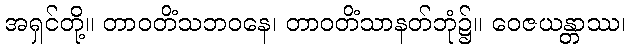
အရှင်တို့။ တာဝတိံသဘဝနေ၊ တာဝတိံသာနတ်ဘုံ၌။ ဝေဇယန္တာဿ၊